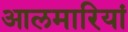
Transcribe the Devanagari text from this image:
आलमारियां